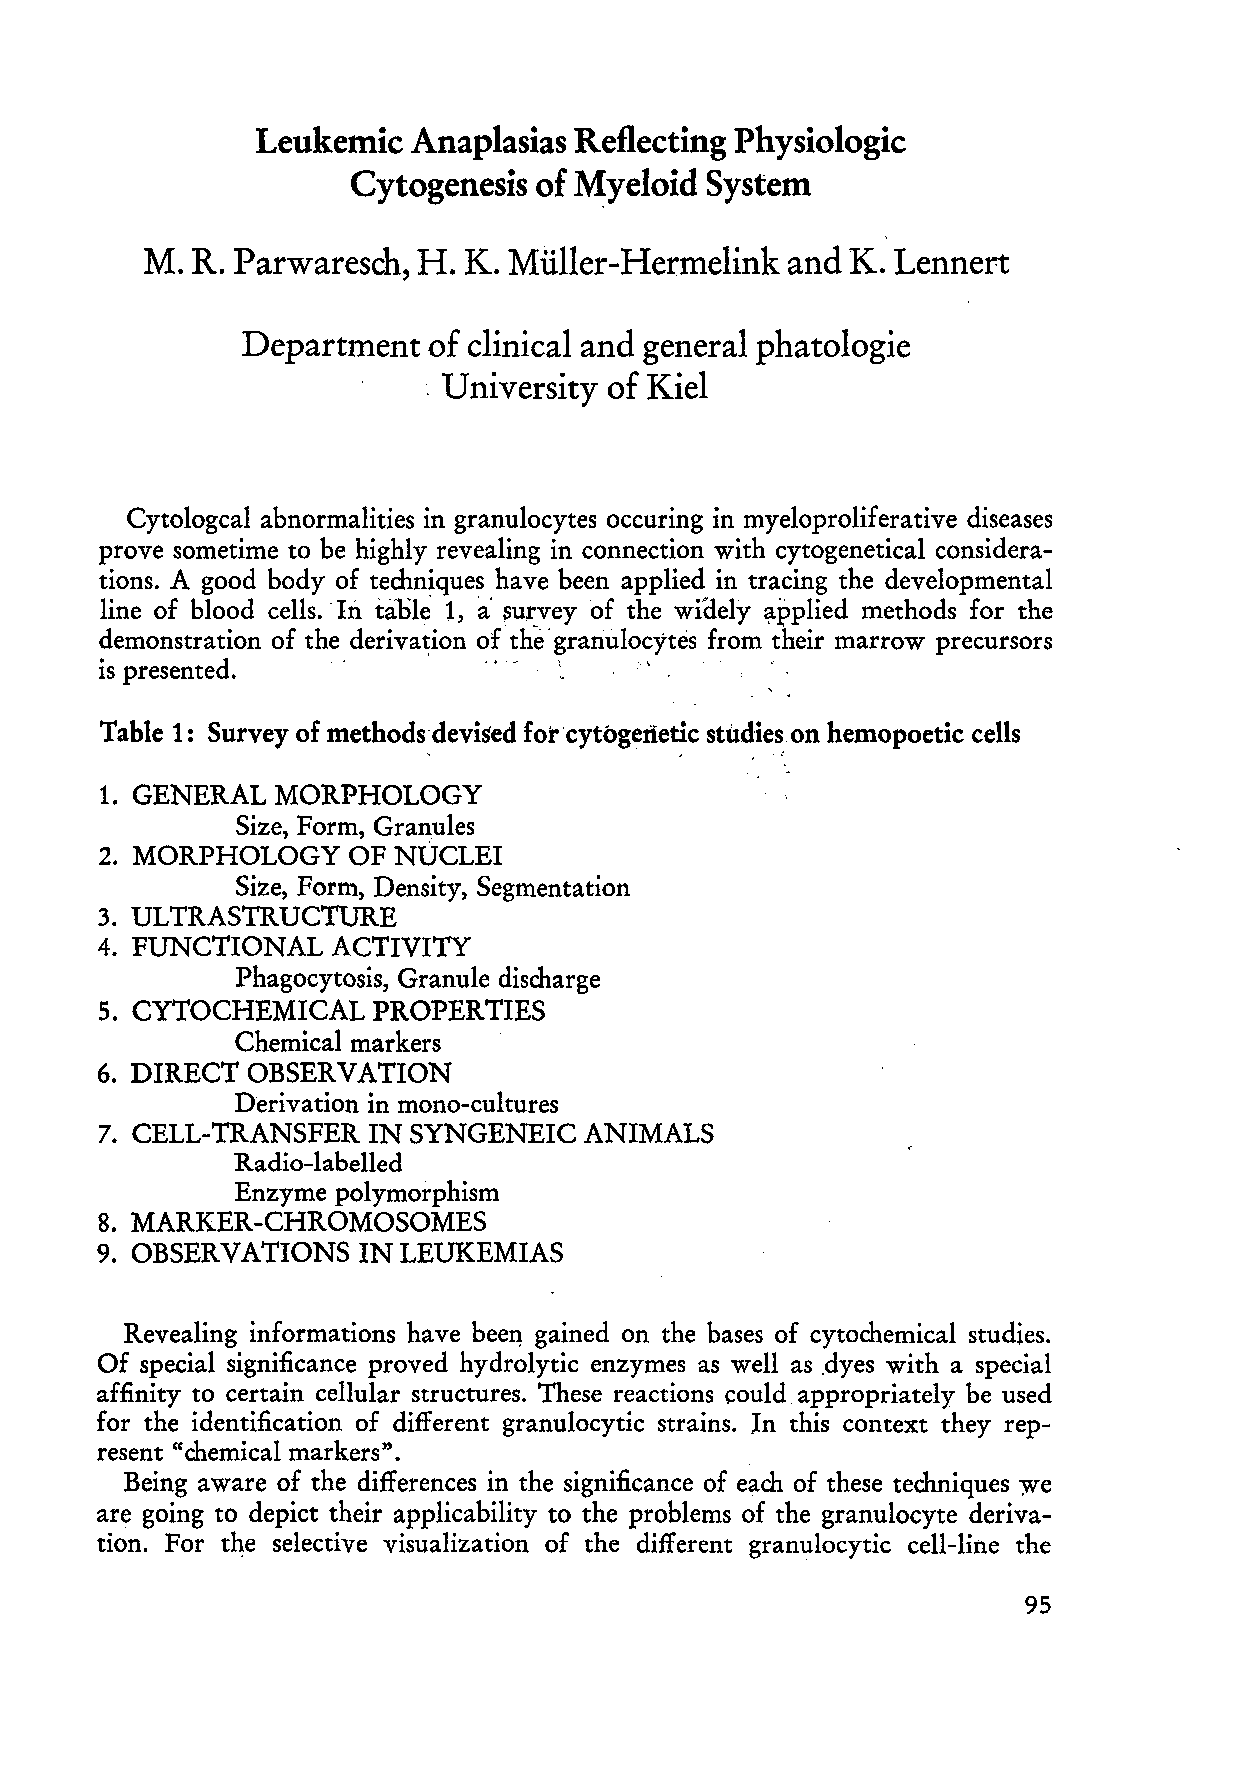
Leukemie  Anaplasias Refleeting Physiologie
 Cytogenesis  of :M;yeloid System
 M. R. Parwaresch, H. K. Müller-Hermelink  and K. Lennert
 Department  of clinical and general phatologie
 . University of Kiel
 Cytologcal abnormalities in granulocytes occuring in myeloproliferative diseases
 prove sometime to be highly revealing in connection with cytogenetical considera
 tions. A good body of techniques have been applied in tracing the developmental
 a:
 line of hlood cells .. In tänIe 1, survey of the wiaely ~pplied methods for the
 demonstration of the deriva~ion of the' granulocytes from their marrow precursors
 is presented.'                \'.,          .
 Table 1: Survey of methods'devised for'cytogertetic studieson hemopoetic cells
 "                ,    , . "
 1. GENERAL MORPHOLOGY
 Size, Form, Granules
 2. MORPHOLOGY   OF NUCLEI
 Size, Form, Density, Segmentation
 3. ULTRASTRUCTURE
 4. FUNCTIONAL  ACTIVITY
 Phagocytosis, Granule discharge
 5. CYTOCHEMICAL   PROPERTIES
 Chemical markers
 6. DIRECT OBSERVATION
 Derivation in mono-cultures
 7. CELL-TRANSFER  IN SYNGENEIC  ANIMALS
 Radio-labelled
 Enzyme polymorphism
 8. MARKER-CHROMOSOMES
 9. OBSERVATIONS  INLEUKEMIAS
 Revealing informations have heel1 gained on the hases of cytochemical studies.
 Of special significance proved hydrolytic enzymes as weIl as .dyes with a special
 affinity to certain cellular structures. These reactions could appropriately be used
 for the identification of different granuIocytic strains. ln this context they rep
 resent "chemical markers".
 Being aware of the differences in the significance of each of these techniques yre
 are going to depict their applicability to the problems of the granulocyte deriva
 tion. For the selective visualization of the different granuIocytic ceIl-line the
 95